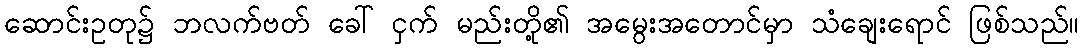
ဆောင်းဥတု၌ ဘလက်ဗတ် ခေါ် ငှက် မည်းတို့၏ အမွေးအတောင်မှာ သံချေးရောင် ဖြစ်သည်။